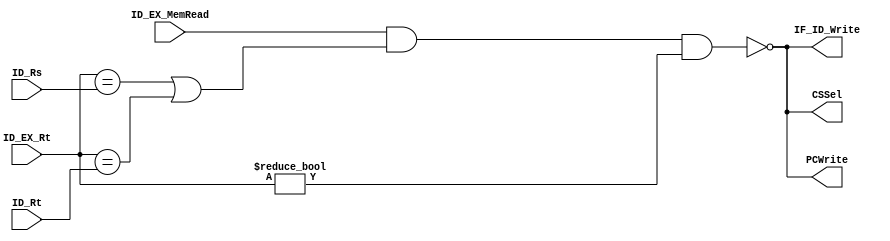
module HazardUnit(ID_Rs,ID_Rt,ID_EX_MemRead,ID_EX_Rt,CSSel,PCWrite,IF_ID_Write);
input [4:0]ID_Rs;
input [4:0]ID_Rt;
input ID_EX_MemRead;
input [4:0]ID_EX_Rt;
output CSSel;
output PCWrite;
output IF_ID_Write;
	assign CSSel = ~(ID_EX_MemRead & ((ID_EX_Rt == ID_Rs) | (ID_EX_Rt == ID_Rt)) & ID_EX_Rt!=5'b0);
	assign PCWrite = CSSel;
	assign IF_ID_Write = CSSel;
endmodule